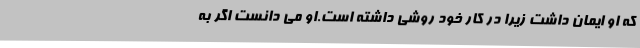
که او ایمان داشت زیرا در کار خود روشی داشته است.او می دانست اگر به